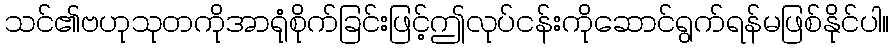
သင်၏ဗဟုသုတကိုအာရုံစိုက်ခြင်းဖြင့်ဤလုပ်ငန်းကိုဆောင်ရွက်ရန်မဖြစ်နိုင်ပါ။